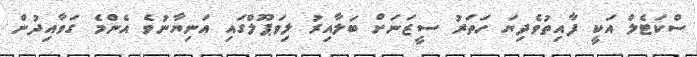
ސްކަޓެލް އަކީ ފާއިތުވެދިޔަ ހަތަރު ސީޒަނަށް ބަލާއިރު ލިވަޕޫލްގައި އަނިޔާނުވެ އެންމެ ގަވާއިދުން